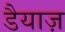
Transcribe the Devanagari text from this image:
डैयाज़